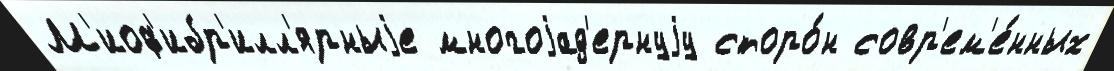
М'иоф'ибр'илл'ярныjе многоjад'ернуjу сторо́н совр'ем'е́нных